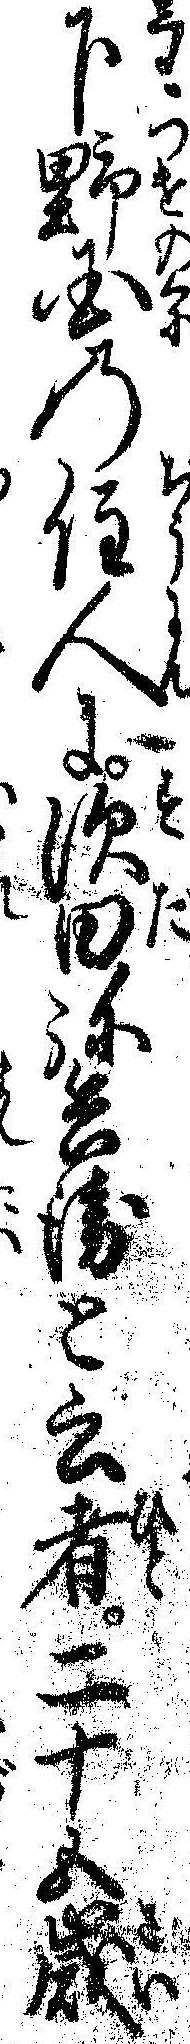
下野国の住人に須田弥兵衛と云者二十五歳